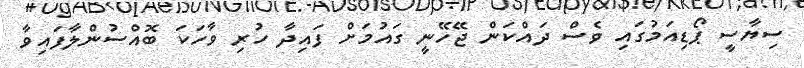
ސިޔާސީ ޕޯޑިއަމުގައި ވެސް ދައްކަން ޖޭހޭނީ ގައުމަށް ފައިދާ ހުރި ވާހަކަ ބޮއްސުންލާފައިވާ